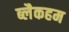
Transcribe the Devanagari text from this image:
ब्लैकहम